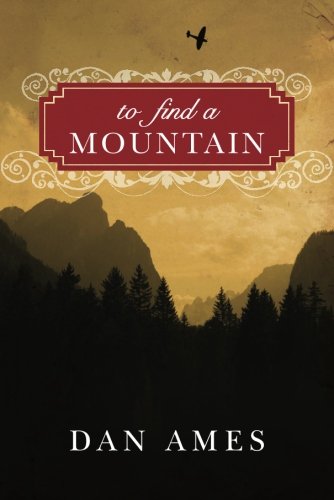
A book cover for To Find a Mountain; Dani Amore; Literature & Fiction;